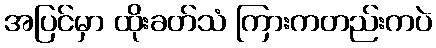
အပြင်မှာ ထိုးခတ်သံ ကြားကတည်းကပဲ